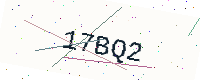
Text: 17BQ2